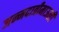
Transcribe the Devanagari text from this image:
जन्मदात्रीमाऊली